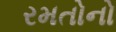
રમતોનો